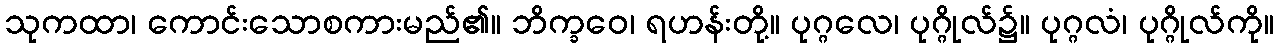
သုကထာ၊ ကောင်းသောစကားမည်၏။ ဘိက္ခဝေ၊ ရဟန်းတို့။ ပုဂ္ဂလေ၊ ပုဂ္ဂိုလ်၌။ ပုဂ္ဂလံ၊ ပုဂ္ဂိုလ်ကို။